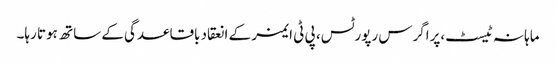
ماہانہ ٹیسٹ،پراگرس رپورٹس، پی ٹی ایمز کے انعقاد باقاعدگی کے ساتھ ہوتا رہا۔